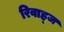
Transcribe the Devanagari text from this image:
रिवाह्ज